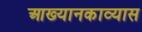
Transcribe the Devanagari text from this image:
आख्यानकाव्यास